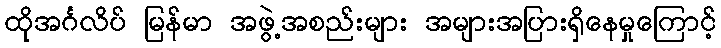
ထိုအင်္ဂလိပ် မြန်မာ အဖွဲ့အစည်းများ အများအပြားရှိနေမှုကြောင့်